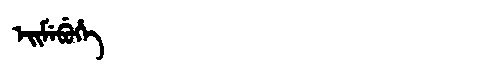
Manchu: ᡝᡳᠮᡝᠪᡠᡥᡝ
Romanization: EIMEBUHE